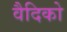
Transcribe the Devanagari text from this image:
वैदिको